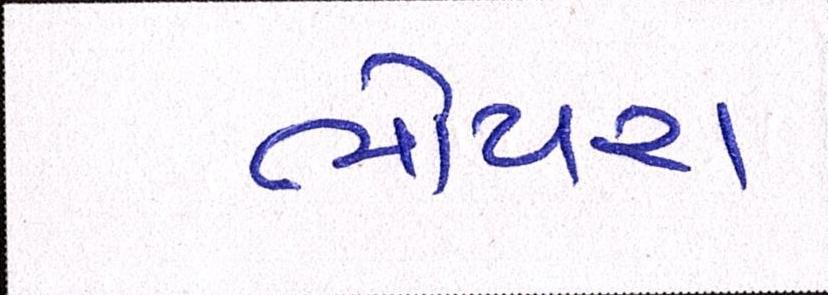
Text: ભોયરા